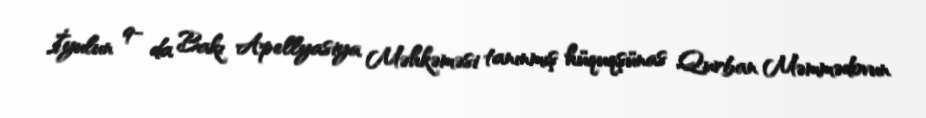
İyulun 9- da Bakı Apellyasiya Məhkəməsi tanınmış hüquqşünas Qurban Məmmədovun